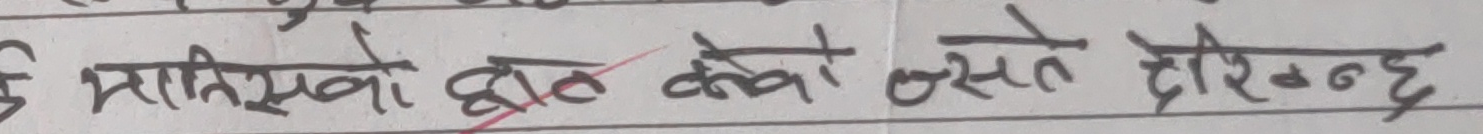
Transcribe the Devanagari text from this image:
मानिसको हात क्याले व्यस्त दोरिन्छ